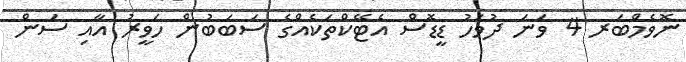
ނޮވެމްބަރ 4 ވަނަ ދުވަހު ޑީޑޮސް އެޓޭކްތަކެއްގެ ސަބަބުން ހަވީރު އާއި ސަން